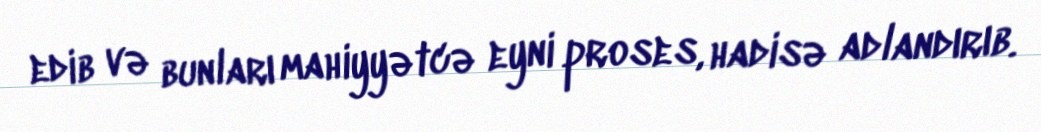
edib və bunları mahiyyətcə eyni proses, hadisə adlandırıb.